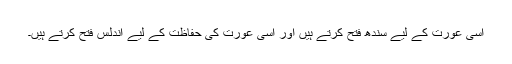
اسی عورت کے لیے سندھ فتح کرتے ہیں اور اسی عورت کی حفاظت کے لیے اندلس فتح کرتے ہیں۔